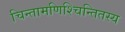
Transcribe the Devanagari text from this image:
चिन्तामणिश्चिन्तितस्य